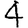
Digit: 4